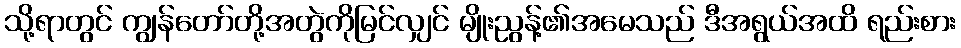
သို့ရာတွင် ကျွန်တော်တို့အတွဲကိုမြင်လျှင် မျိုးညွန့်၏အမေသည် ဒီအရွယ်အထိ ရည်းစား